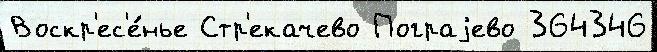
Воскр'ес'е́нье Стр'екачево Пограjево 364346